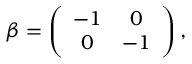
\beta = \left( \begin{array} { c c } { { - 1 } } & { { 0 } } \\ { { 0 } } & { { - 1 } } \end{array} \right) ,